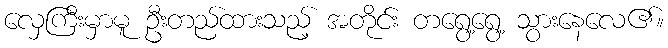
လှေကြီးမှာမူ ဦးတည်ထားသည့် အတိုင်း တရွေ့ရွေ့ သွားနေလေ၏။